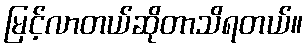
မြင့်လာတယ်ဆိုတာသိရတယ်။